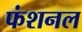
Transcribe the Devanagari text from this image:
फंशनल